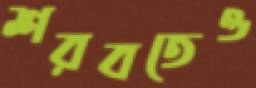
শরবতেও